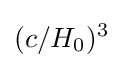
(c/H_{0})^{3}